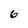
Character: 6